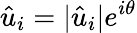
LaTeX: \hat{u}_{i}=|\hat{u}_{i}|e^{i\theta}